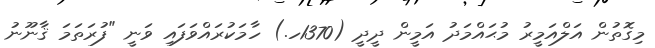
މިގޮތުން އަލްއަމީރު މުޙައްމަދު އަމީން ދީދީ (1370ހ.) ހާމަކުރައްވަފައި ވަނީ "ފުރަތަމަ ޤާނޫނު